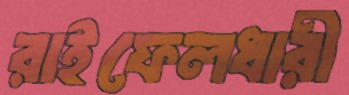
রাইফেলধারী